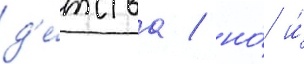
д'е́тства / но́ и́